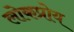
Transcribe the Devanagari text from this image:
लोकप्रोय